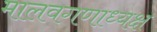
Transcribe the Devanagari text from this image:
मालवगणाध्यक्ष